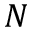
N